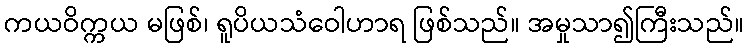
ကယဝိက္ကယ မဖြစ်၊ ရူပိယသံဝေါဟာရ ဖြစ်သည်။ အမှုသာ၍ကြီးသည်။